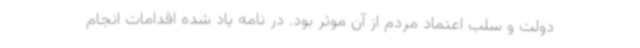
دولت و سلب اعتماد مردم از آن موثر بود. در نامه یاد شده اقدامات انجام